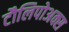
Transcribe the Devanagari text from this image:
टौलिपोअक्स